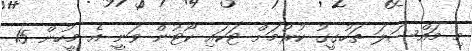
މި މައްސަލަ ތަހުގީގު ކުރުމަށް ޓަކައި ކޯޓުން ވަނީ އެ މީހުން 15